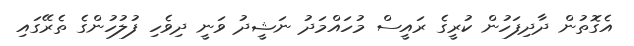
އެގޮތުން ދާދިފަހުން ކުރީގެ ރައީސް މުހައްމަދު ނަޝީދު ވަނީ ދިވެހި ފުލުހުންގެ ތެރޭގައި